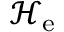
\mathcal { H } _ { \mathrm { e } }